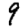
Digit: 9